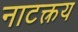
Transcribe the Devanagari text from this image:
नाटक्त्रय